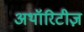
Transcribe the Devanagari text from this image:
अथॉरिटीज़